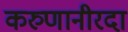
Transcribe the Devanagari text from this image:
करुणानीरदा